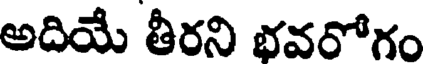
అదియే తీరని భవరోగం